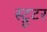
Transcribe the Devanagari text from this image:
स्ट्रूटर